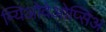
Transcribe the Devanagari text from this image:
म्यिओदेओप्सिअ